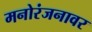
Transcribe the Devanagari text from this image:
मनोरंजनावर